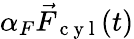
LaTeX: \alpha_{F}\vec{F}_{\mathrm{~c~y~l~}}(t)